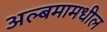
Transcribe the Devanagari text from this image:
अल्बमामधील